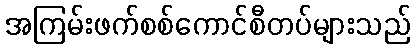
အကြမ်းဖက်စစ်ကောင်စီတပ်များသည်